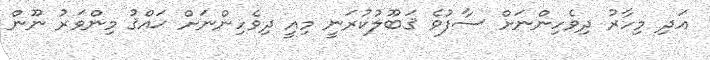
އަދި މިހާރު ދިވެހިންނަށް ސާފުވެ ޤަބޫލުކުރަނީ މިއީ ދިވެހިންނަށް ޙައްޤު މިންވަރު ނޫން